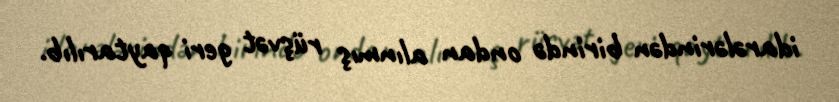
idarələrindən birində ondan alınmış rüşvət geri qaytarılıb.